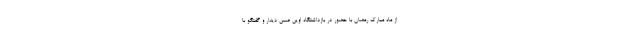
از ماه مبارک رمضان با حضور در بازداشتگاه اوین ضمن دیدار و گفتگو با